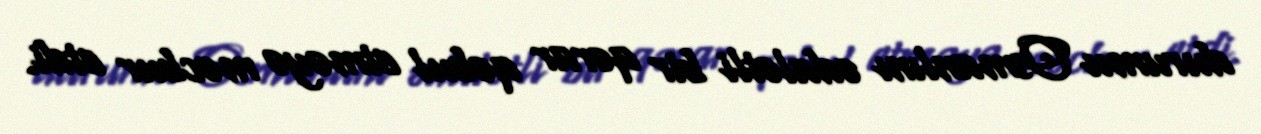
durumu Osmanlını ədalətli bir qərar qəbul etməyə məcbur etdi.